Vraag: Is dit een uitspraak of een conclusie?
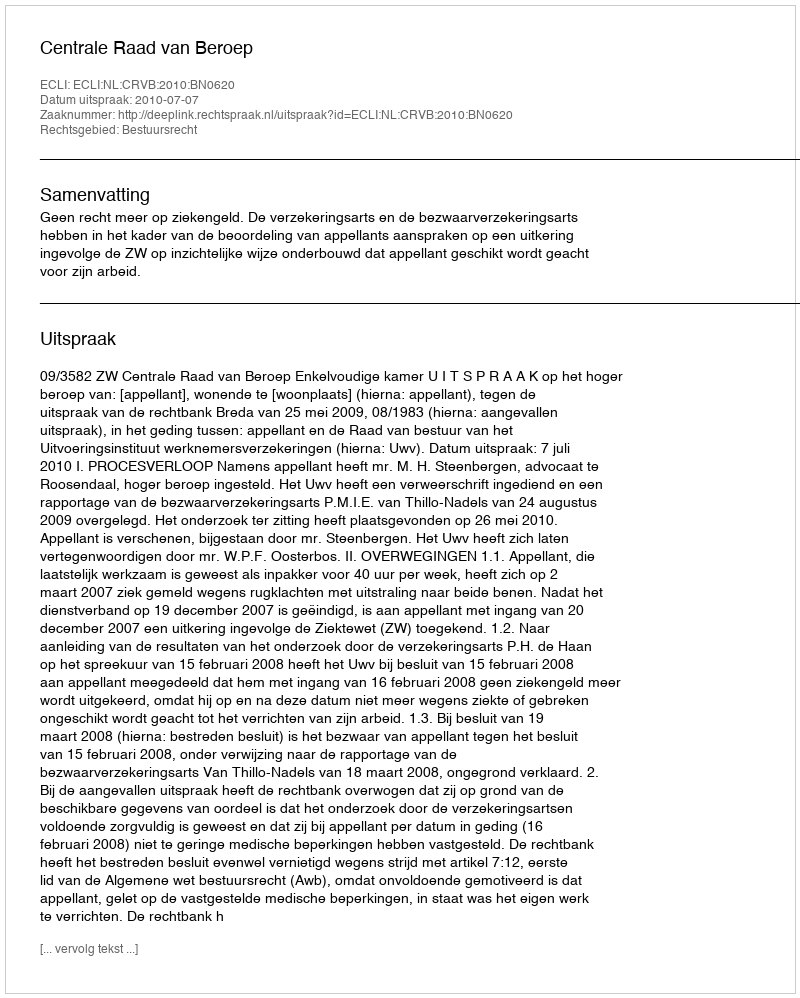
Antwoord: Uitspraak